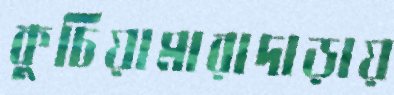
কুচিয়ামারাদাড়ায়